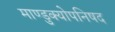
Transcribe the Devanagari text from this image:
माण्डुक्योपनिषद